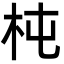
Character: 杶